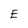
Character: E